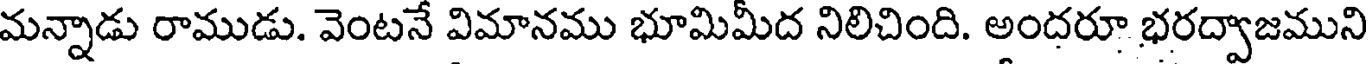
మన్నాడు రాముడు. వెంటనే విమానము భూమిమీద నిలిచింది. అందరూ భరద్వాజముని